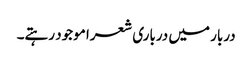
دربار میں درباری شعرا موجود رہتے۔